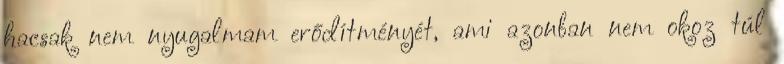
hacsak nem nyugalmam erődítményét, ami azonban nem okoz túl